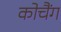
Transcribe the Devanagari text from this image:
कोचैंग